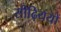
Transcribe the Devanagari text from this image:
सीढ़िययों